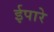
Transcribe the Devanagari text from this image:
ईपारे